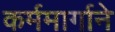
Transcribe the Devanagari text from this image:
कर्ममार्गाने